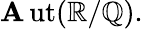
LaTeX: \operatorname{\mathbf{A}ut}(\mathbb{{R}}/\mathbb{{Q}}).